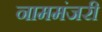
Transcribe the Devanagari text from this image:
नाममंजरी